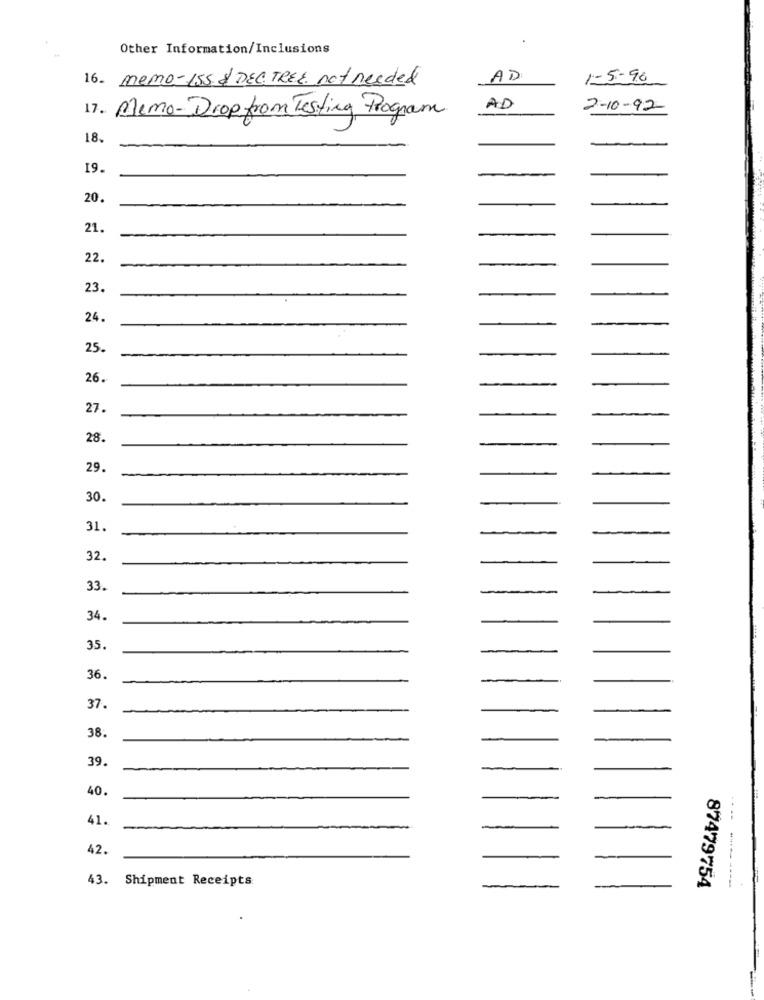
Other Information/Inclusions
16. memo-15s & DEC TREZ not needed
AD
1-5-96
17. Mimo-Drop from Testing Program
AD
2-10-92
18.
19.
20.
21.
22.
23.
24.
25.
26.
27.
28.
29.
30.
31.
32.
33.
34.
35.
36.
37.
38.
39.
40.
41.
42.
---
43. Shipment Receipts
87479754